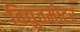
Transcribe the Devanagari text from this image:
विद्युतमोटर